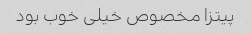
پیتزا مخصوص خیلی خوب بود